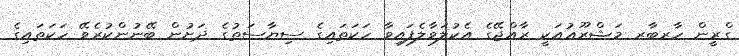
ގްރީން ހާރބާރ މަޝްރޫޢުއަކީ ރާއްޖޭގެ އެކުލަވާލެފައިވާ ހަކަތައިގެ ސިޔާސަތުގެ ދަށުން ބޭނުންކުރެވޭ ހަކަތައިގެ